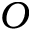
{ \cal O }